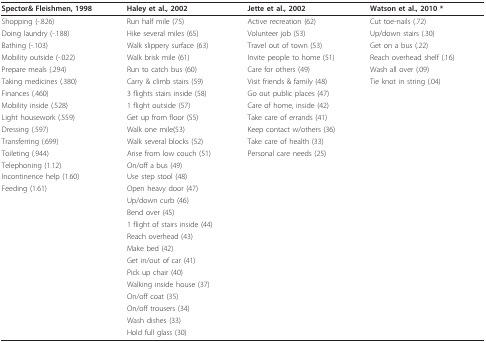
| Spector& Fleishmen, 1998 | Haley et al., 2002 | Jette et al., 2002 | Watson et al., 2010 * |
 | --- | --- | --- | --- |
 | Shopping (-.826) | Run half mile (75) | Active recreation (62) | Cut toe-nails (.72) |
 | Doing laundry (-.188) | Hike several miles (65) | Volunteer job (53) | Up/down stairs (.30) |
 | Bathing (-.103) | Walk slippery surface (63) | Travel out of town (53) | Get on a bus (.22) |
 | Mobility outside (-.022) | Walk brisk mile (61) | Invite people to home (51) | Reach overhead shelf (.16) |
 | Prepare meals (.294) | Run to catch bus (60) | Care for others (49) | Wash all over (.09) |
 | Taking medicines (.380) | Carry & climb stairs (59) | Visit friends & family (48) | Tie knot in string (.04) |
 | Finances (.460) | 3 flights stairs inside (58) | Go out public places (47) |  |
 | Mobility inside (.528) | 1 flight outside (57) | Care of home, inside (42) |  |
 | Light housework (.559) | Get up from floor (55) | Take care of errands (41) |  |
 | Dressing (.597) | Walk one mile(53) | Keep contact w/others (36) |  |
 | Transferring (.699) | Walk several blocks (52) | Take care of health (33) |  |
 | Toileting (.944) | Arise from low couch (51) | Personal care needs (25) |  |
 | Telephoning (1.12) | On/off a bus (49) |  |  |
 | Incontinence help (1.60) | Use step stool (48) |  |  |
 | Feeding (1.61) | Open heavy door (47) |  |  |
 |  | Up/down curb (46) |  |  |
 |  | Bend over (45) |  |  |
 |  | 1 flight of stairs inside (44) |  |  |
 |  | Reach overhead (43) |  |  |
 |  | Make bed (42) |  |  |
 |  | Get in/out of car (41) |  |  |
 |  | Pick up chair (40) |  |  |
 |  | Walking inside house (37) |  |  |
 |  | On/off coat (35) |  |  |
 |  | On/off trousers (34) |  |  |
 |  | Wash dishes (33) |  |  |
 |  | Hold full glass (30) |  |  |